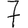
Digit: 7